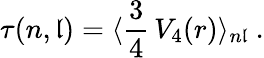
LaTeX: \tau(n,\mathfrak{l})=\langle\frac{{3}}{{4}}\, V_{4}(r)\rangle_{n\mathfrak{l}}\ .